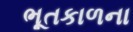
ભૂતકાળના